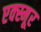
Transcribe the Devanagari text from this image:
एक्स्मूर